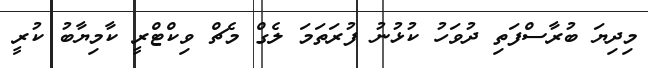
މިދިޔަ ބުރާސްފަތި ދުވަހު ކުޅުނު ފުރަތަމަ ލެގް މެޗް ވިކްޓްރީ ކާމިޔާބު ކުރީ